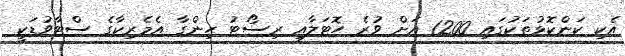
އެކި ކަންކޮޅުތަކުގައި 1200 އަށް ވުރެ ހޮޓަލާއި ރިސޯޓު ހިންގާ އެމެރިކާގެ ސްޓާވުޑަކީ